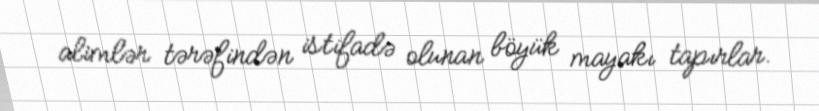
alimlər tərəfindən istifadə olunan böyük mayakı tapırlar.